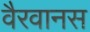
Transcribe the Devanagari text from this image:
वैरवानस